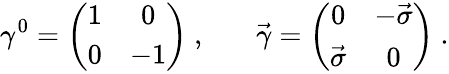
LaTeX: \gamma^{0}=\left(\begin{array}{cc}{{1}}&{{0}}\\ {{0}}&{{-1}}\end{array}\right)~,~~~~~~~\vec{\gamma}=\left(\begin{array}{cc}{{0}}&{{-\vec{\sigma}}}\\ {{\vec{\sigma}}}&{{0}}\end{array}\right)~.